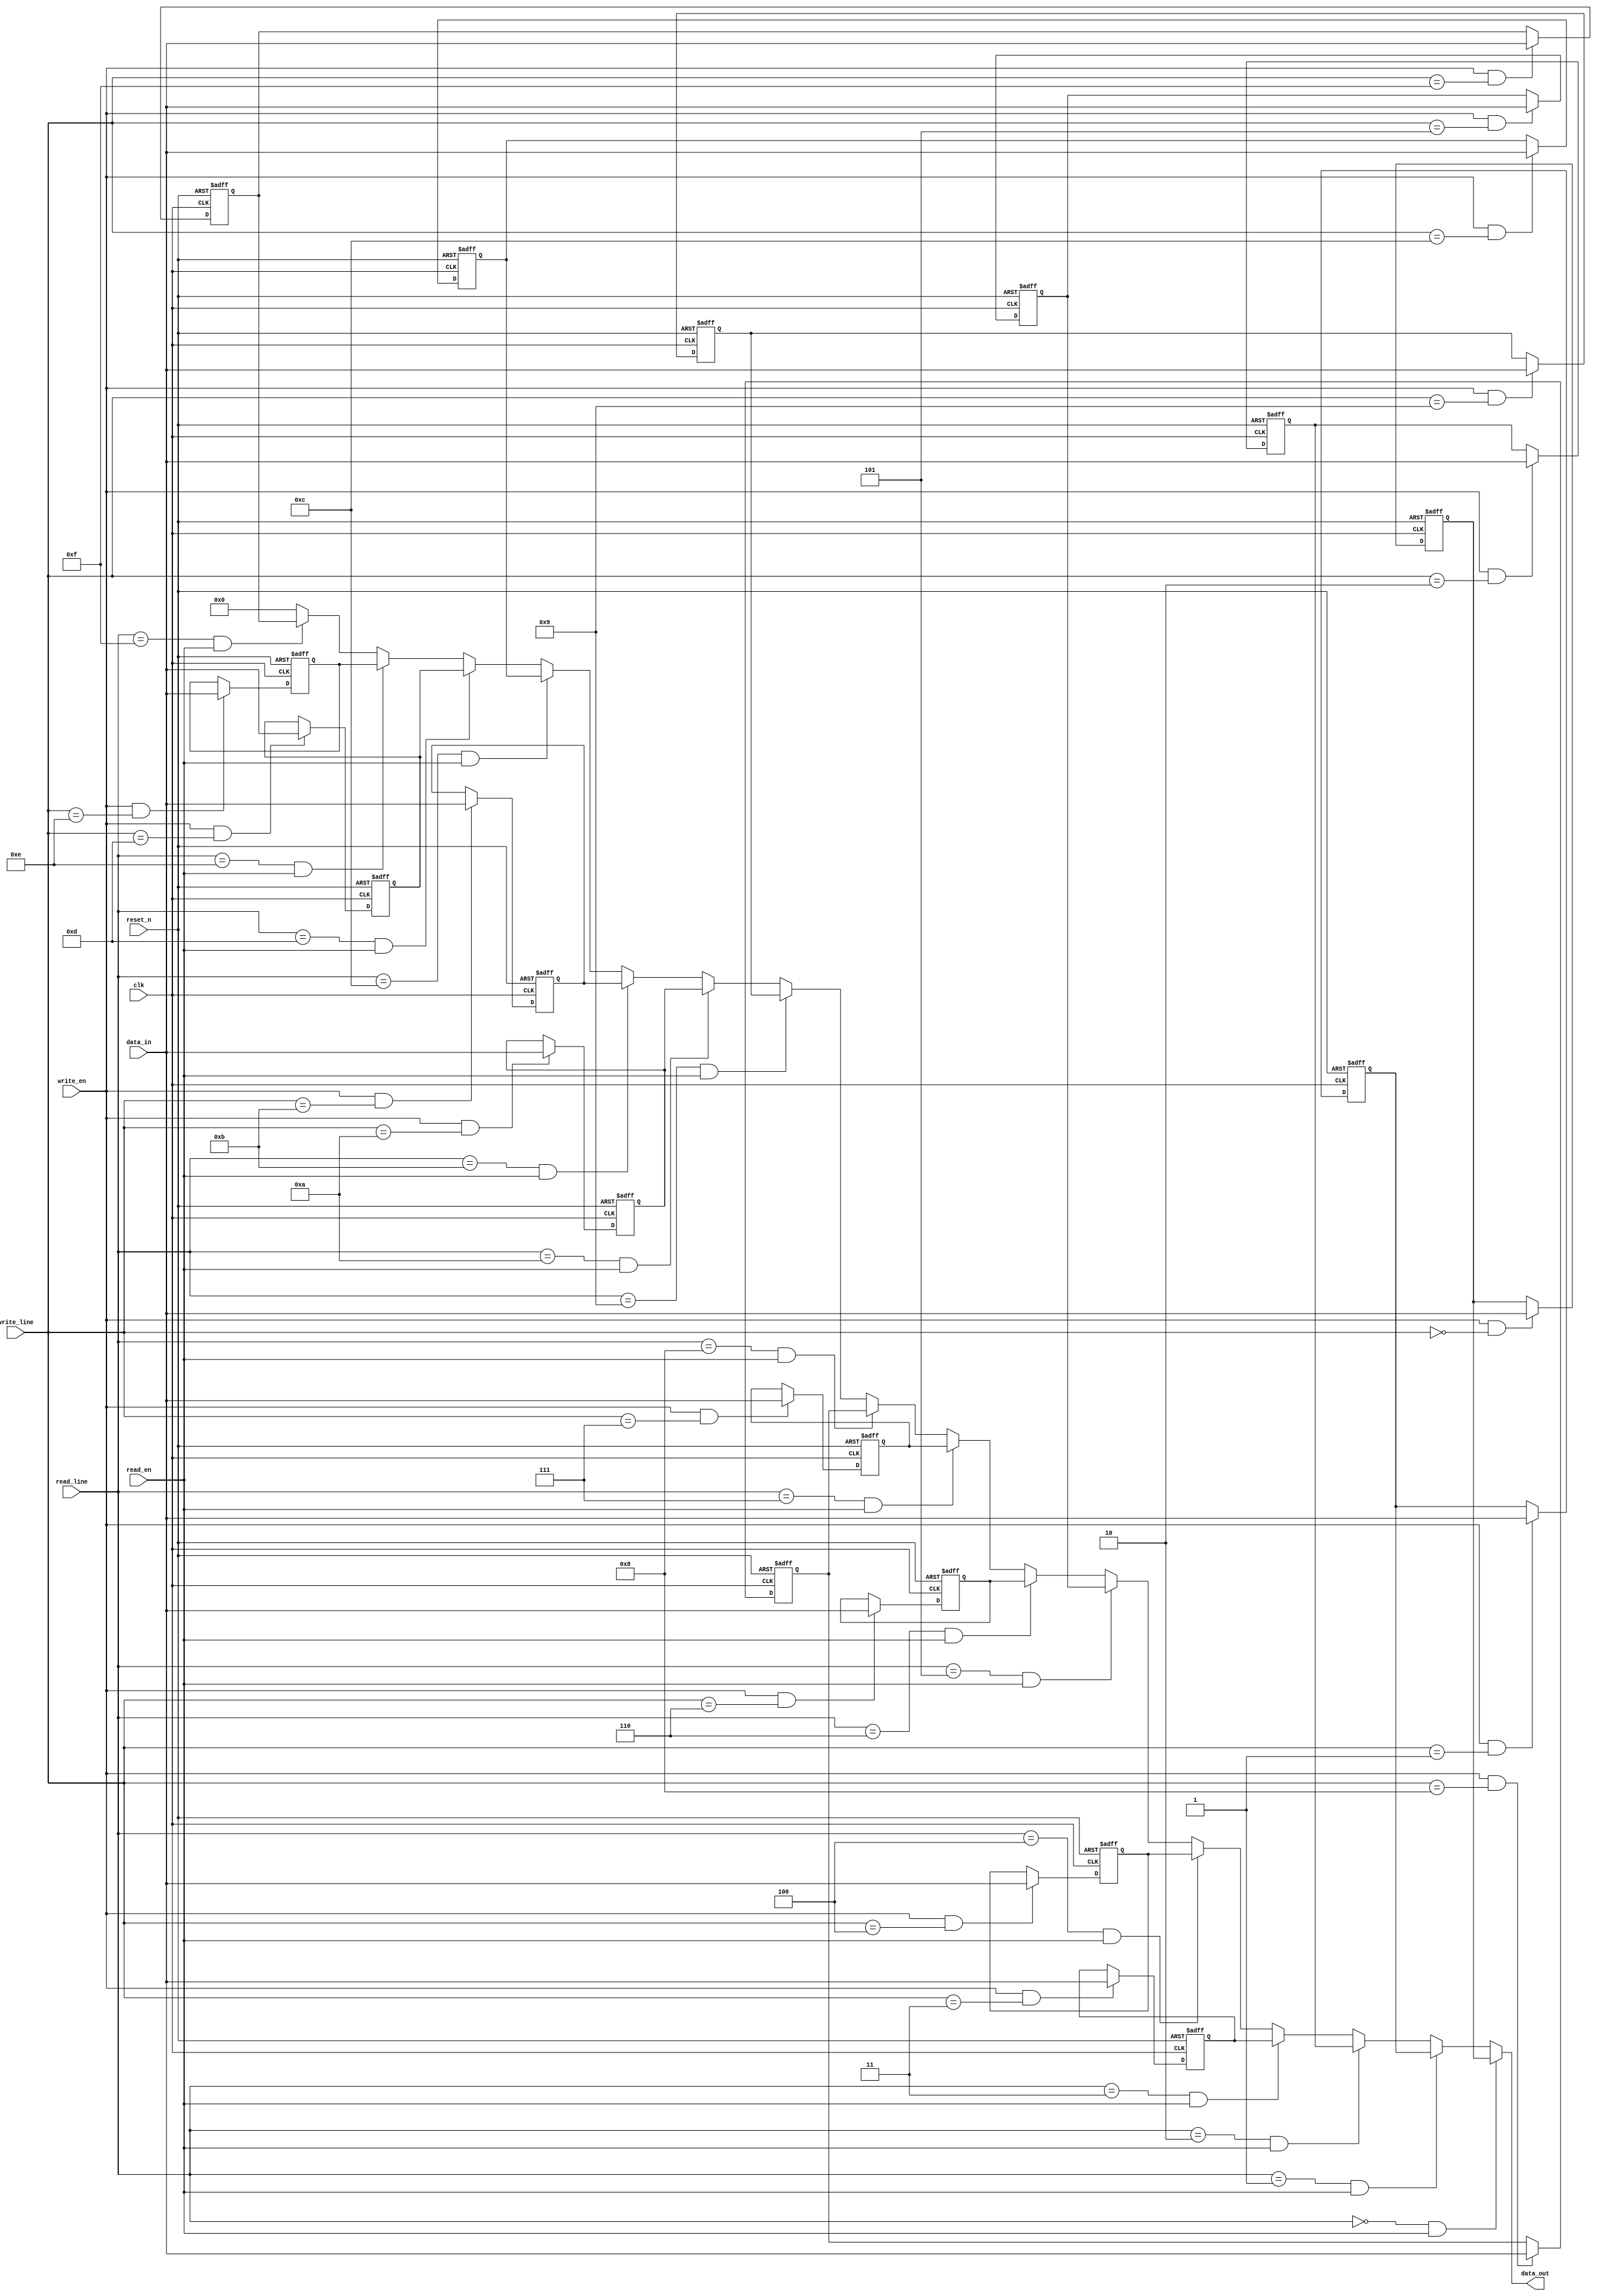
module reg32_ad_new(
input reset_n,
input clk,
input write_en,
input read_en,
input [3:0]write_line,
input [3:0]read_line,
input [31:0]data_in,
output [31:0]data_out
);

reg[31:0]data_out0,data_out1,data_out2,data_out3,data_out4,data_out5,data_out6,data_out7,data_out8,data_out9,data_out10,data_out11,data_out12,data_out13,data_out14,data_out15;
wire sel_r0,sel_r1,sel_r2,sel_r3,sel_r4,sel_r5,sle6,sel_r7,sel_r8,sel_r9,sel_r10,sel_r11,sel_r12,sel_r13,sel_r14,sel_r15;
wire sel0,sel1,sel2,sel3,sel4,sel5,sel6,sel7,sel8,sel9,sel10,sel11,sel12,sel13,sel14,sel15;

assign data_out = (sel_r0 & read_en) ? data_out0 :
                      (sel_r1 & read_en) ? data_out1 :
                      (sel_r2 & read_en) ? data_out2 :
                      (sel_r3 & read_en) ? data_out3 :
                      (sel_r4 & read_en) ? data_out4 :
                      (sel_r5 & read_en) ? data_out5 :
                      (sel_r6 & read_en) ? data_out6 :
                      (sel_r7 & read_en) ? data_out7 :
                      (sel_r8 & read_en) ? data_out8 :
                      (sel_r9 & read_en) ? data_out9 :
                      (sel_r10 & read_en) ? data_out10 :
                      (sel_r11 & read_en) ? data_out11 :
                      (sel_r12 & read_en) ? data_out12 :
                      (sel_r13 & read_en) ? data_out13 :
                      (sel_r14 & read_en) ? data_out14 :
                      (sel_r15 & read_en) ? data_out15 :32'd0 ;

assign sel0=(write_line== 4'b0000);
assign sel1=(write_line== 4'b0001);
assign sel2=(write_line== 4'b0010);
assign sel3=(write_line== 4'b0011);
assign sel4=(write_line== 4'b0100);
assign sel5=(write_line== 4'b0101);
assign sel6=(write_line== 4'b0110);
assign sel7=(write_line== 4'b0111);
assign sel8=(write_line== 4'b1000);
assign sel9 =(write_line== 4'b1001);
assign sel10=(write_line== 4'b1010);
assign sel11=(write_line== 4'b1011);
assign sel12=(write_line== 4'b1100);
assign sel13=(write_line== 4'b1101);
assign sel14=(write_line== 4'b1110);
assign sel15=(write_line== 4'b1111);
assign sel_r0=(read_line == 4'b0000);
assign sel_r1=(read_line == 4'b0001);
assign sel_r2=(read_line == 4'b0010);
assign sel_r3=(read_line == 4'b0011);
assign sel_r4=(read_line == 4'b0100);
assign sel_r5=(read_line == 4'b0101);
assign sel_r6=(read_line == 4'b0110);
assign sel_r7=(read_line == 4'b0111);
assign sel_r8=(read_line == 4'b1000);
assign sel_r9 =(read_line == 4'b1001);
assign sel_r10=(read_line == 4'b1010);
assign sel_r11=(read_line == 4'b1011);
assign sel_r12=(read_line == 4'b1100);
assign sel_r13=(read_line == 4'b1101);
assign sel_r14=(read_line == 4'b1110);
assign sel_r15=(read_line == 4'b1111);

always@ (posedge clk or negedge reset_n)
			begin
				if (!reset_n)
  					begin
    					data_out0<=32'b0;
  					end
				else
  					begin
    					if (write_en & sel0)
      						data_out0<=data_in;
  					end
			end


  		always@ (posedge clk or negedge reset_n)
			begin
				if (!reset_n)
  					begin
    					data_out1<=32'b0;
  					end
				else
  					begin
    					if (write_en & sel1)
      						data_out1<=data_in;
  					end
			end

  		always@ (posedge clk or negedge reset_n)
			begin
				if (!reset_n)
  					begin
    					data_out2<=32'b0;
  					end
				else
  					begin
    					if (write_en & sel2)
      						data_out2<=data_in;
  					end
			end

  		always@ (posedge clk or negedge reset_n)
			begin
				if (!reset_n)
  					begin
    					data_out3<=32'b0;
  					end
				else
  					begin
    					if (write_en & sel3)
      						data_out3<=data_in;
  					end
			end

  		always@ (posedge clk or negedge reset_n)
			begin
				if (!reset_n)
  					begin
    					data_out4<=32'b0;
  					end
				else
  					begin
    					if (write_en & sel4)
      						data_out4<=data_in;
  					end
			end

  		always@ (posedge clk or negedge reset_n)
			begin
				if (!reset_n)
  					begin
    					data_out5<=32'b0;
  					end
				else
  					begin
    					if (write_en & sel5)
      						data_out5<=data_in;
  					end
			end

  		always@ (posedge clk or negedge reset_n)
			begin
				if (!reset_n)
  					begin
    					data_out6<=32'b0;
  					end
				else
  					begin
    					if (write_en & sel6)
      						data_out6<=data_in;
  					end
			end


  		always@ (posedge clk or negedge reset_n)
			begin
				if (!reset_n)
  					begin
    					data_out7<=32'b0;
  					end
				else
  					begin
    					if (write_en & sel7)
      						data_out7<=data_in;
  					end
			end

  		always@ (posedge clk or negedge reset_n)
			begin
				if (!reset_n)
  					begin
    					data_out8<=32'b0;
  					end
				else
  					begin
    					if (write_en & sel8)
      						data_out8<=data_in;
  					end
			end

  		always@ (posedge clk or negedge reset_n)
			begin
				if (!reset_n)
  					begin
    					data_out9<=32'b0;
  					end
				else
  					begin
    					if (write_en & sel9)
      						data_out9<=data_in;
  					end
			end

  		always@ (posedge clk or negedge reset_n)
			begin
				if (!reset_n)
  					begin
    					data_out10<=32'b0;
  					end
				else
  					begin
    					if (write_en & sel10)
      						data_out10<=data_in;
  						end
			end

  		always@ (posedge clk or negedge reset_n)
			begin
				if (!reset_n)
  					begin
    					data_out11<=32'b0;
  					end
				else
  					begin
    					if (write_en & sel11)
      						data_out11<=data_in;
  					end
			end

  		always@ (posedge clk or negedge reset_n)
			begin
				if (!reset_n)
  					begin
    					data_out12<=32'b0;
  					end
				else
  					begin
    					if (write_en & sel12)
      						data_out12<=data_in;
  					end
			end

  		always@ (posedge clk or negedge reset_n)
			begin
				if (!reset_n)
  					begin
    					data_out13<=32'b0;
  					end
				else
  					begin
    					if (write_en & sel13)
      						data_out13<=data_in;
  					end
			end

  		always@ (posedge clk or negedge reset_n)
			begin
				if (!reset_n)
  					begin
    					data_out14<=32'b0;
  					end
				else
  					begin
    					if (write_en & sel14)
      						data_out14<=data_in;
  						end
			end

  		always@ (posedge clk or negedge reset_n)
			begin
				if (!reset_n)
  					begin
    					data_out15<=32'b0;
  					end
				else
  					begin
    					if (write_en & sel15)
      						data_out15<=data_in;
  					end
			end


endmodule